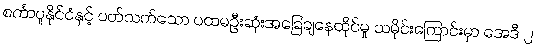
စင်္ကာပူနိုင်ငံနှင့် ပတ်သက်သော ပထမဦးဆုံးအခြေချနေထိုင်မှု သမိုင်းကြောင်းမှာ အေဒီ ၂